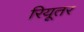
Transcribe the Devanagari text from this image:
रियूतर